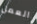
العمل